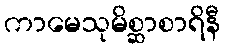
ကာမေသုမိစ္ဆာစာရိနီ